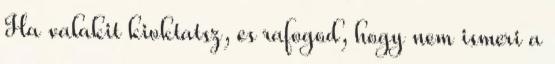
Ha valakit kioktatsz, es rafogod, hogy nem ismeri a